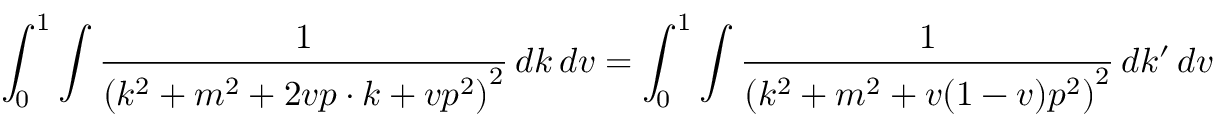
\int _ { 0 } ^ { 1 } \int { \frac { 1 } { \left( k ^ { 2 } + m ^ { 2 } + 2 v p \cdot k + v p ^ { 2 } \right) ^ { 2 } } } \, d k \, d v = \int _ { 0 } ^ { 1 } \int { \frac { 1 } { \left( k ^ { 2 } + m ^ { 2 } + v ( 1 - v ) p ^ { 2 } \right) ^ { 2 } } } \, d k ^ { \prime } \, d v